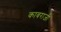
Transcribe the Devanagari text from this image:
काबराजी